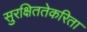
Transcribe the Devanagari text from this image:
सुरक्षिततेकरिता